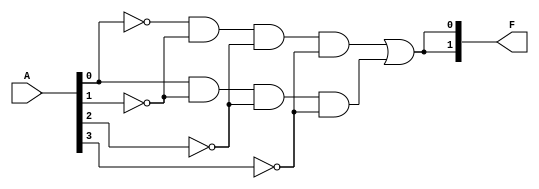
module PLA #(parameter N = 4,  // Number of input variables (A1, A2, ..., An)
               M = 2,         // Number of output functions (F1, F2, ..., Fm)
               P = 4)         // Number of AND gates
              (
                input [N-1:0] A,       // Input vectors
                output [M-1:0] F      // Output vectors
              );

    // Internal wires for AND gate outputs
    wire [P-1:0] and_out;

    // Programmable AND Plane
    genvar i;
    generate
        for (i = 0; i < P; i = i + 1) begin : and_gate
            // Each AND gate logic - example of simple programmable connections
            // The connections (A[0], A[1] etc.) would be replaced with your specific configurations
            assign and_out[i] = (i[0] ? A[0] : ~A[0]) &
                                (i[1] ? A[1] : ~A[1]) &
                                (i[2] ? A[2] : ~A[2]) &
                                (i[3] ? A[3] : ~A[3]);
        end
    endgenerate

    // Internal wires for OR gate outputs
    wire [M-1:0] or_out;

    // Programmable OR Plane
    genvar j;
    generate
        for (j = 0; j < M; j = j + 1) begin : or_gate
            // Example logic for OR gates based on AND gate outputs
            // The connections (and_out[i]) would be replaced with your specific configurations
            assign or_out[j] = and_out[0] | and_out[1]; // Modify based on your programming needs
        end
    endgenerate

    // Assign the final outputs
    assign F = or_out;

endmodule